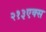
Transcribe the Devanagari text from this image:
२१३एक्स